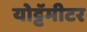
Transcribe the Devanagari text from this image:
योट्टॅमीटर